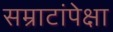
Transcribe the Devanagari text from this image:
सम्राटांपेक्षा